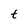
Character: t